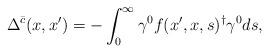
LaTeX: \begin{align*}\Delta ^{\bar{c}}(x,x^{\prime })=-\int_0^\infty \gamma ^0f(x^{\prime},x,s)^{\dagger }\gamma ^0ds, \end{align*}